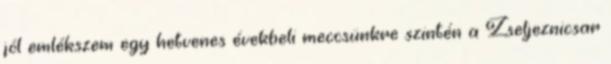
jól emlékszem egy hetvenes évekbeli meccsünkre szintén a Zseljeznicsar